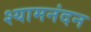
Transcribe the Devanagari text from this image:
श्यामनंदन